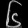
Digit: ၆